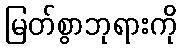
မြတ်စွာဘုရားကို